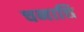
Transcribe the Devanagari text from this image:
चनात्ति